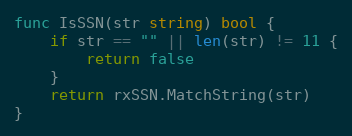
Language: Go
func IsSSN(str string) bool {
	if str == "" || len(str) != 11 {
		return false
	}
	return rxSSN.MatchString(str)
}